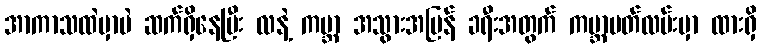
အာကာသထဲမှာပဲ ဆက်ရှိနေပြီး လနဲ့ ကမ္ဘာ အသွားအပြန် ခရီးအတွက် ကမ္ဘာပတ်လမ်းမှာ ထားရှိ